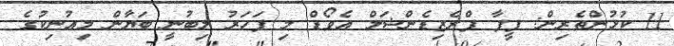
11 ކުޅުންތެރިން: ފީފާ ޕްރެޒިޑެންޝަލް އެވޯޑް މި ފަހަރު ލިބުނީ ބަޔާން މިއުނިކުގެ